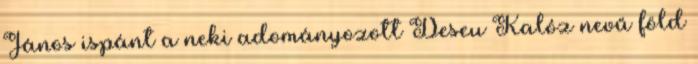
János ispánt a neki adományozott Deseu Kalóz nevű föld